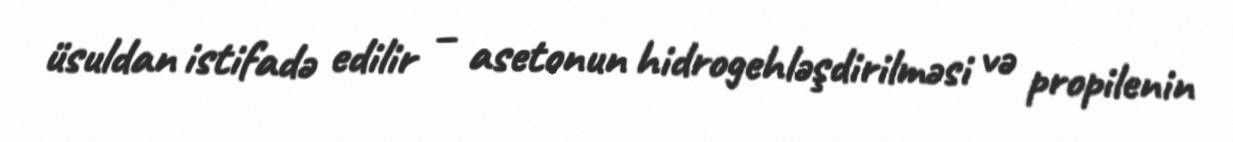
üsuldan istifadə edilir – asetonun hidrogehləşdirilməsi və propilenin